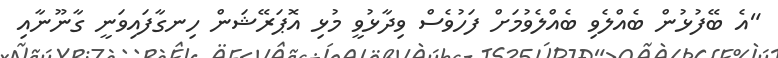
"އެ ބޭފުޅުން ބެއްލެވި ބެއްލެވުމަށް ފަހުވެސް ވިދާޅުވީ މުޅި އޮޕަރޭޝަން ހިނގާފައިވަނީ ގާނޫނާއި